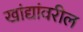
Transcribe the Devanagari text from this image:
खांद्यांवरील